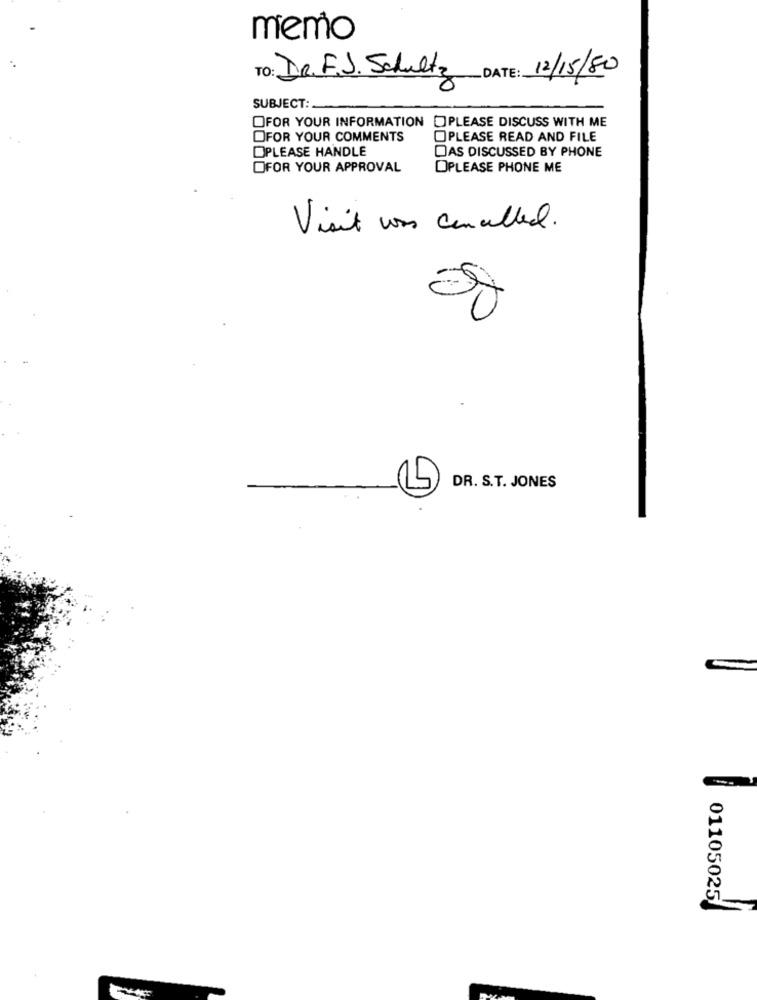
memo
o: DR. F.J. Schultz DATE: 12/15/80
SUBJECT :.
OFOR YOUR INFORMATION DPLEASE DISCUSS WITH ME
OFOR YOUR COMMENTS
OPLEASE READ AND FILE
DAS DISCUSSED BY PHONE
OPLEASE HANDLE
OFOR YOUR APPROVAL
OPLEASE PHONE ME
Visit was cancelled.
DR. S.T. JONES
01105025/